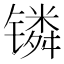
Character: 𬭸